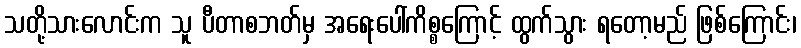
သတို့သားလောင်းက သူ ပီတာစဘတ်မှ အရေးပေါ်ကိစ္စကြောင့် ထွက်သွား ရတော့မည် ဖြစ်ကြောင်း၊